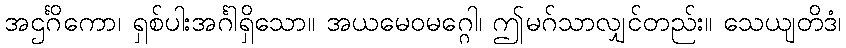
အဌင်္ဂိကော၊ ရှစ်ပါးအင်္ဂါရှိသော။ အယမေဝမဂ္ဂေါ၊ ဤမဂ်သာလျှင်တည်း။ သေယျတိဒံ၊